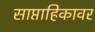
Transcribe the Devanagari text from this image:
साप्ताहिकावर